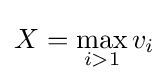
X=\max _{i>1}v_{i}